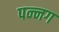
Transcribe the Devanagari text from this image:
पन्‍नग